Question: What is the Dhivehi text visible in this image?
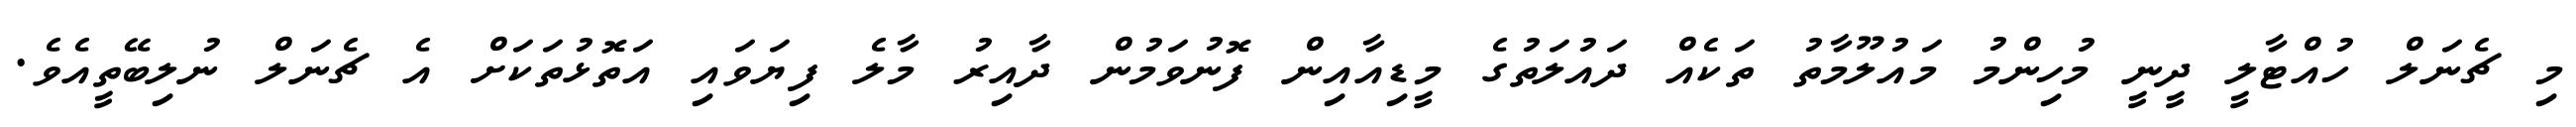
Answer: މި ޗެނަލް ހުއްޓާލީ ދީނީ މުހިންމު މައުލޫމާތު ތަކެއް ދައުލަތުގެ މީޑިއާއިން ފޮނުވަމުން ދާއިރު މާލެ ފިޔަވައި އަތޮޅުތަކަށް އެ ޗެނަލް ނުލިބޭތީއެވެ.